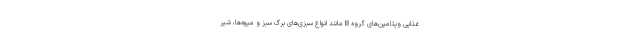
غذایی ویتامین‌های گروه B مانند انواع سبزی‌های برگ سبز و میوه‌ها، شیر